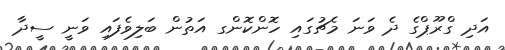
އަދި ގްރޫޕްގެ ދެ ވަނަ މެޗުގައި ހޮންކޮންގ އަތުން ބަލިވެފައި ވަނީ ސީދާ